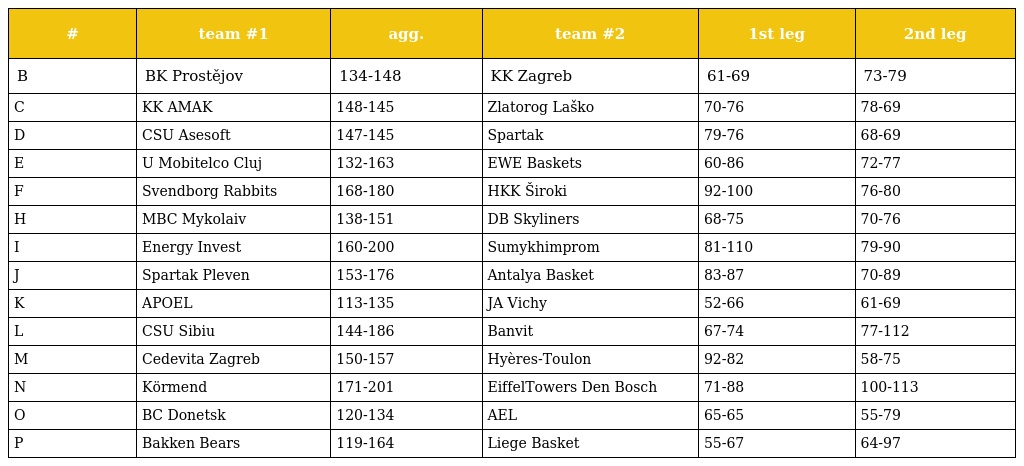
| # | team #1 | agg. | team #2 | 1st leg | 2nd leg |
 | --- | --- | --- | --- | --- | --- |
 | B | BK Prostějov | 134-148 | KK Zagreb | 61-69 | 73-79 |
 | C | KK AMAK | 148-145 | Zlatorog Laško | 70-76 | 78-69 |
 | D | CSU Asesoft | 147-145 | Spartak | 79-76 | 68-69 |
 | E | U Mobitelco Cluj | 132-163 | EWE Baskets | 60-86 | 72-77 |
 | F | Svendborg Rabbits | 168-180 | HKK Široki | 92-100 | 76-80 |
 | H | MBC Mykolaiv | 138-151 | DB Skyliners | 68-75 | 70-76 |
 | I | Energy Invest | 160-200 | Sumykhimprom | 81-110 | 79-90 |
 | J | Spartak Pleven | 153-176 | Antalya Basket | 83-87 | 70-89 |
 | K | APOEL | 113-135 | JA Vichy | 52-66 | 61-69 |
 | L | CSU Sibiu | 144-186 | Banvit | 67-74 | 77-112 |
 | M | Cedevita Zagreb | 150-157 | Hyères-Toulon | 92-82 | 58-75 |
 | N | Körmend | 171-201 | EiffelTowers Den Bosch | 71-88 | 100-113 |
 | O | BC Donetsk | 120-134 | AEL | 65-65 | 55-79 |
 | P | Bakken Bears | 119-164 | Liege Basket | 55-67 | 64-97 |